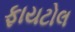
ફાયટોલ